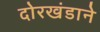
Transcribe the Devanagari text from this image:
दोरखंडाने